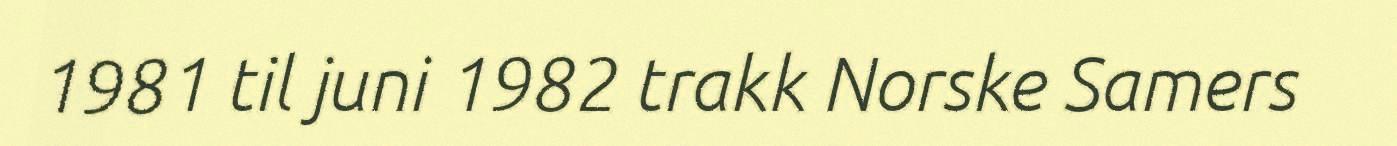
1981 til juni 1982 trakk Norske Samers